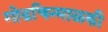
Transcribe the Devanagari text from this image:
गोडचिन्माळकी